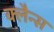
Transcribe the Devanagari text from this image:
क्लैन्स